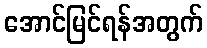
အောင်မြင်ရန်အတွက်